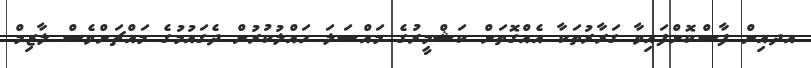
އދއިން ފާސްކޮށްފައިވާ ގަރާރުތަކާ އެއްގޮތަށް ކަޝްމީރުގެ މައްސަލަ ހައްލުކުރުން ދެގައުމުގެ މައްޗަށްވެސް ލާޒިމް